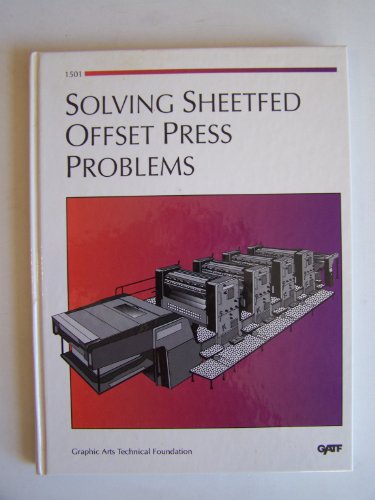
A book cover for Solving Sheetfed Offset Press Problems/Order No. 1501; Gatf; Arts & Photography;